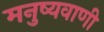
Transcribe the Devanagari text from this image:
मनुष्यवाणी